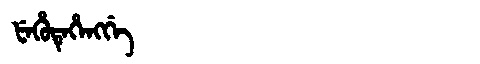
Manchu: ᡶᡝᡥᡠᡨᡝᡥᡝᠩᡤᡝ
Romanization: FEHUTEHENGGE